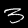
Label: 3